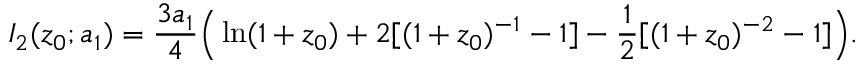
I _ { 2 } ( z _ { 0 } ; a _ { 1 } ) = { \frac { 3 a _ { 1 } } { 4 } } \Big ( \ln ( 1 + z _ { 0 } ) + 2 [ ( 1 + z _ { 0 } ) ^ { - 1 } - 1 ] - { \frac { 1 } { 2 } } [ ( 1 + z _ { 0 } ) ^ { - 2 } - 1 ] \Big ) .